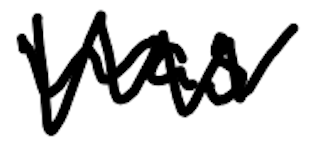
Text: was
Cross-out: zig-zag
Writing tool: digital_black